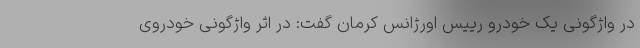
در واژگونی یک خودرو رییس اورژانس کرمان گفت: در اثر واژگونی خودروی